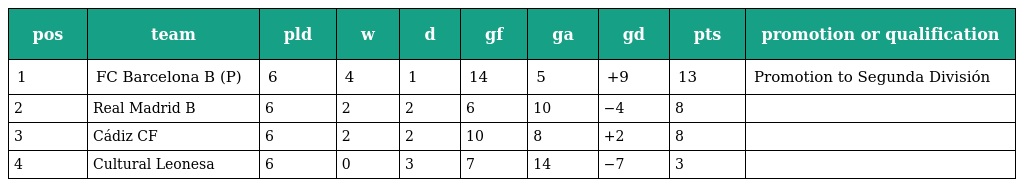
| pos | team | pld | w | d | gf | ga | gd | pts | promotion or qualification |
 | --- | --- | --- | --- | --- | --- | --- | --- | --- | --- |
 | 1 | FC Barcelona B (P) | 6 | 4 | 1 | 14 | 5 | +9 | 13 | Promotion to Segunda División |
 | 2 | Real Madrid B | 6 | 2 | 2 | 6 | 10 | −4 | 8 |  |
 | 3 | Cádiz CF | 6 | 2 | 2 | 10 | 8 | +2 | 8 |  |
 | 4 | Cultural Leonesa | 6 | 0 | 3 | 7 | 14 | −7 | 3 |  |